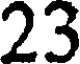
23